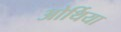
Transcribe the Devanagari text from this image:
ओर्थिया